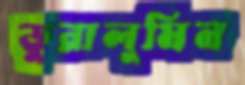
ডুরালুমিন